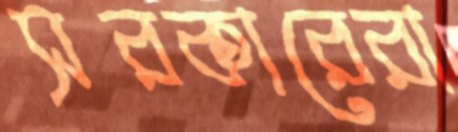
সরকারেরা